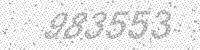
Solution: 983553